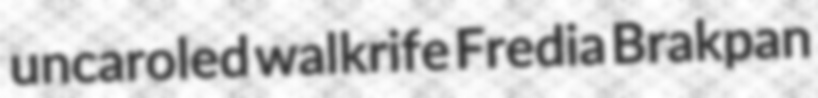
uncaroled walkrife Fredia Brakpan